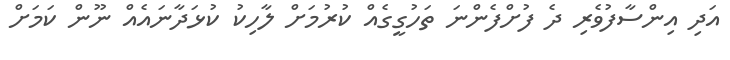
އަދި އިންސާފުވެރި ދެ ފުށްފެންނަ ތަހުގީގެއް ކުރުމަށް ލާހިކު ކުޅަދާނައެއް ނޫން ކަމަށް